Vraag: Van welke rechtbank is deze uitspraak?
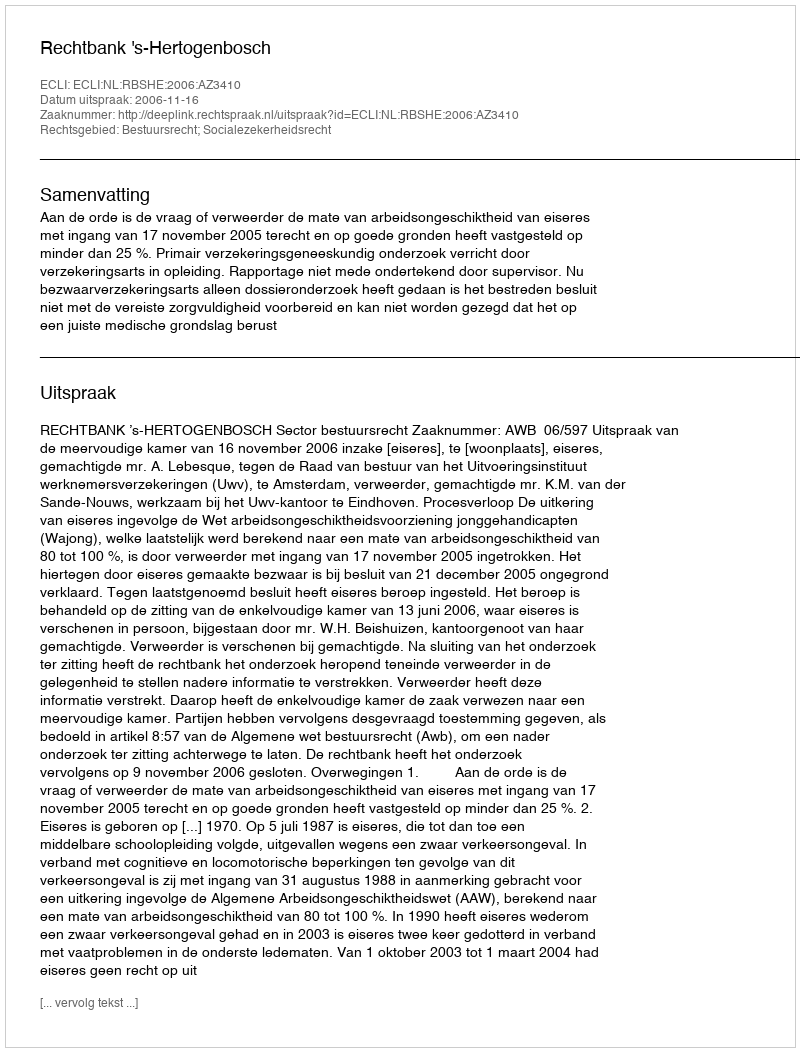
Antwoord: Rechtbank 's-Hertogenbosch